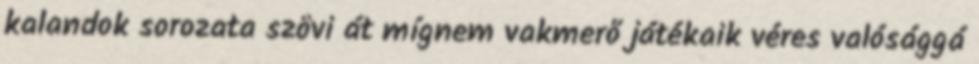
kalandok sorozata szövi át mígnem vakmerő játékaik véres valósággá